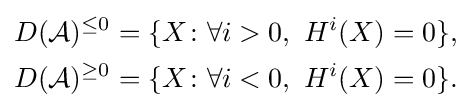
{\begin{aligned}D({\mathcal {A}})^{\leq 0}&=\{X\colon \forall i>0,\ H^{i}(X)=0\},\\D({\mathcal {A}})^{\geq 0}&=\{X\colon \forall i<0,\ H^{i}(X)=0\}.\end{aligned}}